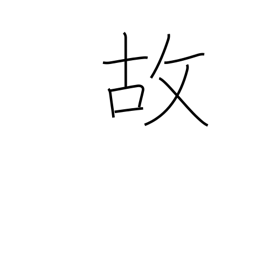
Meaning: happenstance